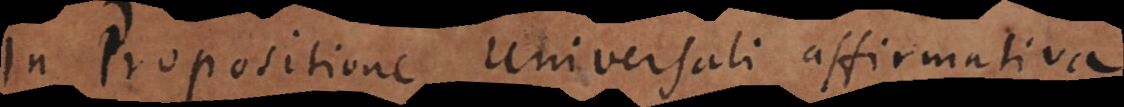
In Propositione Universali affirmativa